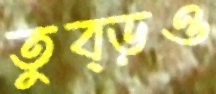
তুব্‌ড়ও